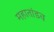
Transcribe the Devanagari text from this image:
महातांडव